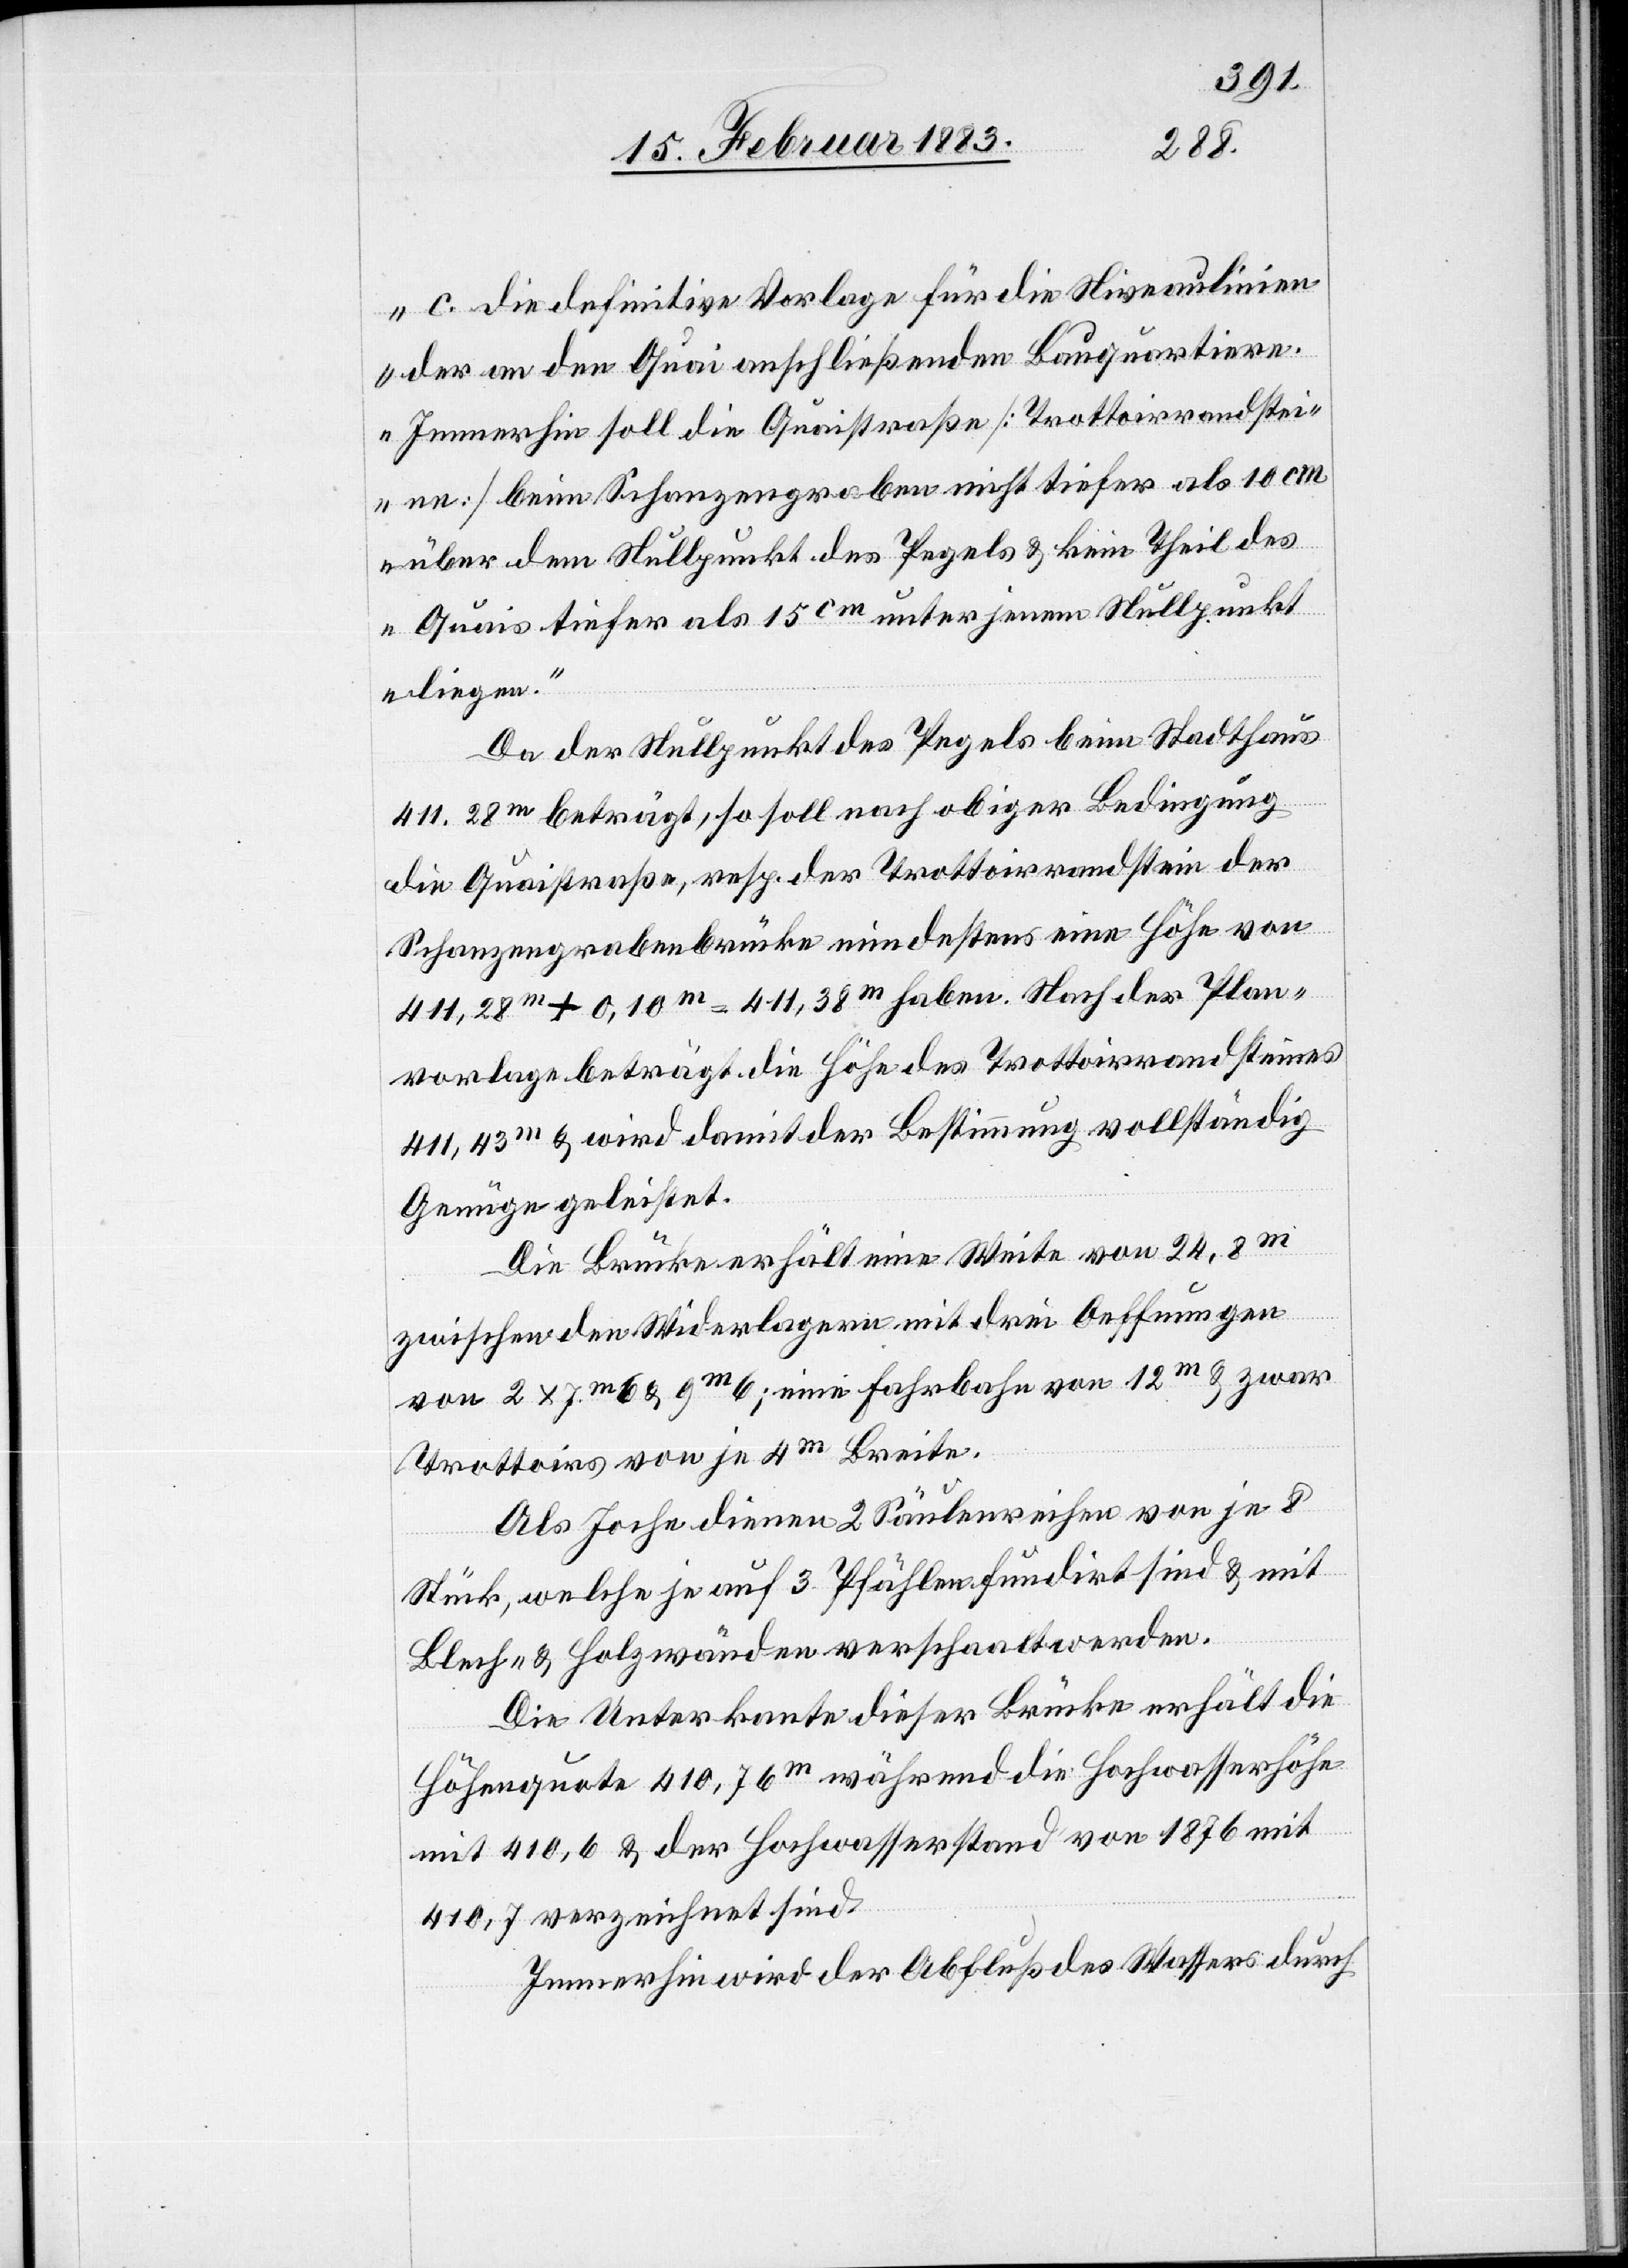
„die definitive Vorlage für die Niveaulinien
der an den Quai anschließenden Bauquartiere.
Immerhin soll die Quaistraße [Trottoirrandstei¬
ne] beim Schanzengraben nicht tiefer als 10 cm
über dem Nullpunkt des Pegels & kein Theil des
Quais tiefer als 15 cm unter jenem Nullpunkt
liegen.“
Da der Nullpunkt des Pegels beim Stadthaus
411.28m beträgt, so soll nach obiger Bedingung
die Quaistraße, resp. der Trottoirrandstein der
Schanzengrabenbrücke mindestens eine Höhe von
411,28m + 0,10m = 411,38m haben. Nach der Plan¬
vorlage beträgt die Höhe des Trottoirrandsteines
411,43m & wird damit der Bestimmung vollständig
Genüge geleistet.
Die Brücke erhält eine Weite von 24,8m
zwischen den Widerlagern mit drei Oeffnungen
von 2 x 7m 6 & 9m 6; eine Fahrbahn von 12m & zwar
Trottoirs von je 4m Breite.
Als Joche dienen 2 Säulenreihen von je 8
Stück, welche je auf 3 Pfählen fundirt sind & mit
Blech- & Holzwänden verschaalt werden.
Die Unterkante dieser Brücke erhält die
Höhenquote 410,76m während die Hochwasserhöhe
mit 410,6 & der Hochwasserstand von 1876 mit
410,7 verzeichnet sind.
Immerhin wird der Abfluß des Wassers durch